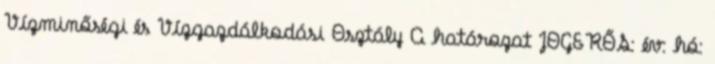
Vízminőségi és Vízgazdálkodási Osztály A határozat JOGERŐS: év: hó: